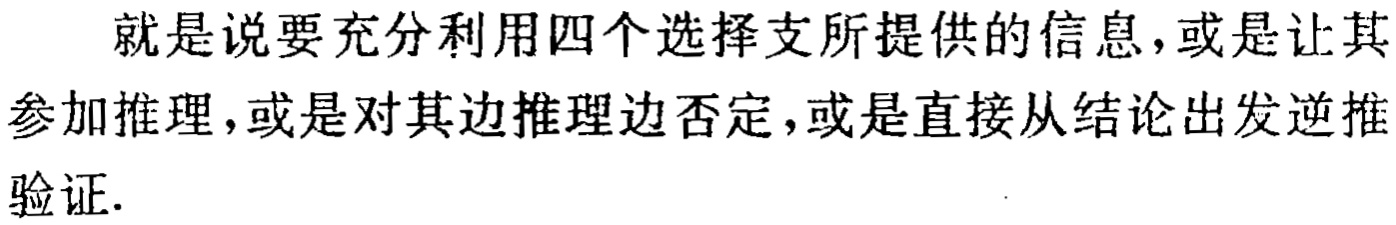
就是说要充分利用四个选择支所提供的信息，或是让其参加推理，或是对其边推理边否定，或是直接从结论出发逆推验证.